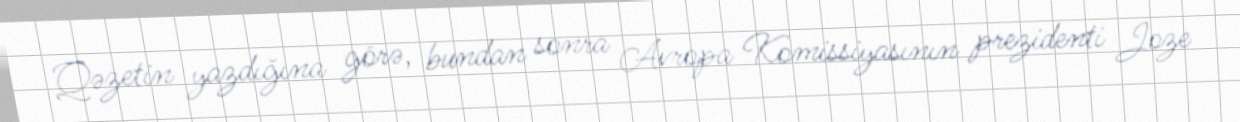
Qəzetin yazdığına görə, bundan sonra Avropa Komissiyasının prezidenti Joze